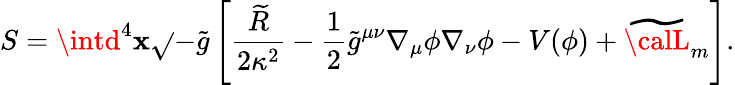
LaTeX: S=\intd^{4}\mathbf{x}\sqrt{}{{-\widetilde{{g}}}}\left[\frac{{\widetilde{{R}}}}{{2\kappa^{2}}}-\frac{{1}}{{2}}\widetilde{{g}}^{\mu\nu}\nabla_{\mu}\phi\nabla_{\nu}\phi-V(\phi)+\widetilde{{{\calL}}}_{m}\right].